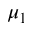
\mu _ { 1 }